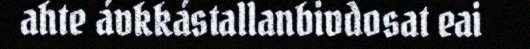
ahte ávkkástallanbivdosat eai